Report of the Municipal Commissioner on the plague in Bombay for the year ending 31st May... - Volume 2
Disease focus: Plague
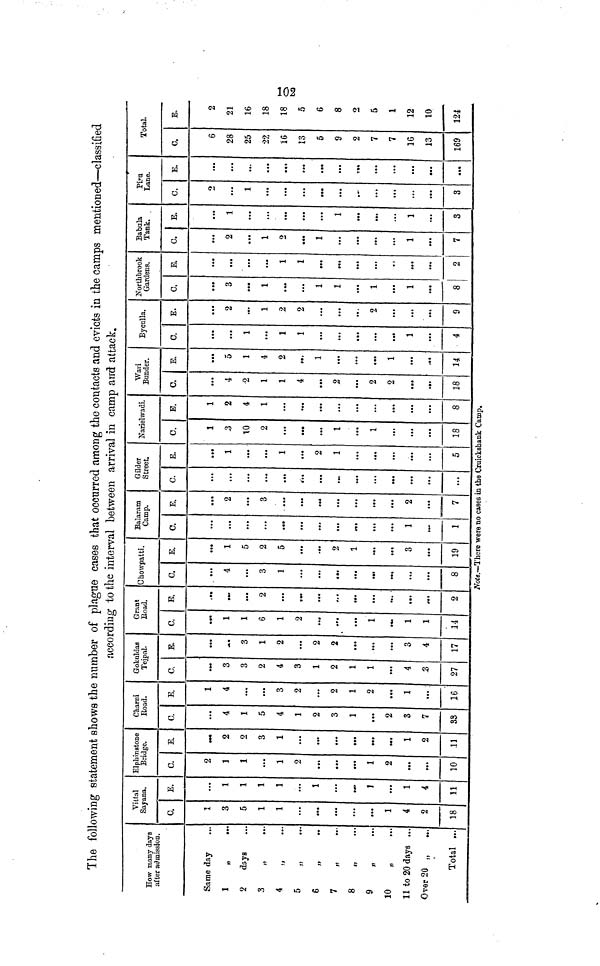
102
The following statement shows the number of plague cases that occurred among the contacts and evicts in the camps mentioned—classified
according to the interval between arrival in camp and attack.
How many days
after admission.
Same day
...
1
„
..
2
days
3
4
„
5
6
7
8
9
„
10
„
11 to 20 days ...
Over 20 „
Total ...
Vittal
Sajan».
0.
•í
X
3
5
1
1
...
···
···
1
4
2
18
E.
1
1
1
1
...
1
I
...
1
4
11
Elphmstone
Bridge.
C.
2
1
1
1
2
..1
1
2
»t
...
10
B.
···
2
2
3
1
...
...
···
·**
1
2
11
Charni
Boad.
C.
4
1
5
4
1
2
3
1
...
2
3
7
33
E.
1
4
...
3
2
...
2
1
2
1
...
16
Gokaldas
Tejpal.
C.
·»·
3
3
2
4
3
1
2
1
1
4
.3
27
E.
**·
3
1
2
...
2
2
...
3
4
17
Grant
Boad.
C.
1
1
6
1
2
...
1
1
1
14
E.
··»
2
...
.·»
,.·
.·.
2
Ghowpatti.
C.
4
3
1
··.
...
8
E.
1
5
2
5
2
1
3
19
Balara m
Camp.
C.
...
.·.
...
rt.
1
1
E.
2
3
.«
...
2
7
Gilder
Street.
C.
...
...
.··
...
E.
1
1
2
1
5
Narielwadi.
C.
1
.3
10
2
...
• •t
1
1
18
E.
1
2
4
1
...
...
...
...
8
Wari
Bunder.
C.
4
2
1
1
4
··»
2
2
2
18
E.
5
1
4
2
«*.
1
...
...
1
14.
Byculla.
C.
...
1
1
1
...
...
...
1
4
E.
2
1
2
2
...
...
2
...
9
Northbrook
Gardens.
C.
3
1
• ·*
...
1
1
1
1
8
E.
...
1
1
...
···
...
2
Babula
Tank.
C.
2
1
o
1
...
1
7
E.
1
...
...
1
1
3
Pira
Lane.
C.
o
...
1
...
..·
...
...
3
E.
...
...
• •t
...
...
...
···
Total,
C.
6
28
25
22
16
13
5
9
2
7
7
16
13
169
E.
2
21
16
18
18
5
6
8
o
5
1
12
10
124
Note.—There were no cases in tho Ciuickshank Camp.